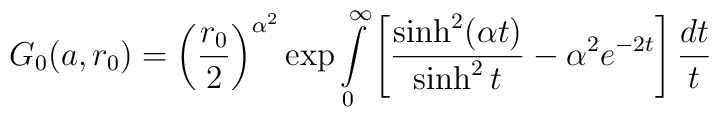
G_0(a, r_0) =\left( \frac{r_0}2\right) ^{\alpha^2}\exp \int\limits_{0}^{\infty }\left[ \frac{\sinh ^2(\alpha t)}{\sinh ^2t}-\alpha^2e^{-2t}\right] \frac{dt}t